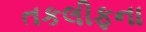
તકલીફના